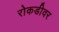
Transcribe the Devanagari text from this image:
रोकडीवर